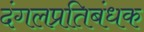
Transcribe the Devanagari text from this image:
दंगलप्रतिबंधक